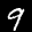
Label: 9